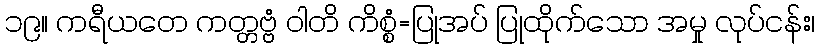
၁၉။ ကရီယတေ ကတ္တဗ္ဗံ ဝါတိ ကိစ္စံ=ပြုအပ် ပြုထိုက်သော အမှု လုပ်ငန်း၊